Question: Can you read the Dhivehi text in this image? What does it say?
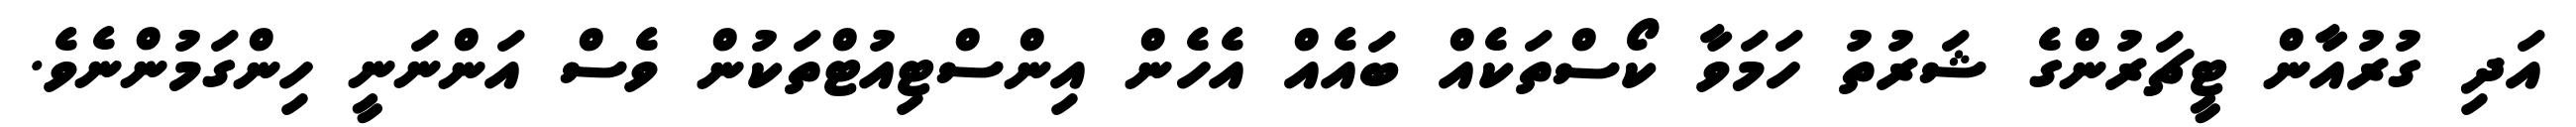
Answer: އަދި ގުރުއާން ޓީޗަރުންގެ ޝަރުތު ހަމަވާ ކޯސްތަކެއް ބައެއް އެހެން އިންސްޓިއުޓްތަކުން ވެސް އަންނަނީ ހިންގަމުންނެވެ.